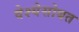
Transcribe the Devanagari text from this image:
वेश्येसोबत